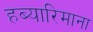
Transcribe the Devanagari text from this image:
हब्‍यारिमाना